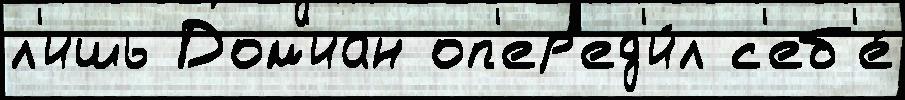
л'ишь Дом'иан оп'ер'ед'и́л с'еб'е́